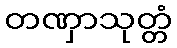
တဏှာသုတ္တံ